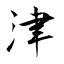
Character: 津